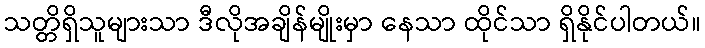
သတ္တိရှိသူများသာ ဒီလိုအချိန်မျိုးမှာ နေသာ ထိုင်သာ ရှိနိုင်ပါတယ်။